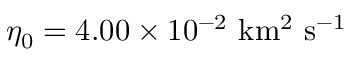
\eta _ { 0 } = 4 . 0 0 \times 1 0 ^ { - 2 } \ \mathrm { k m ^ { 2 } \ s ^ { - 1 } }